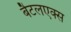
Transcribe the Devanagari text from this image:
बैटलएक्स